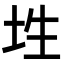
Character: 𡊳